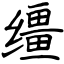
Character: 缰